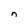
Character: n